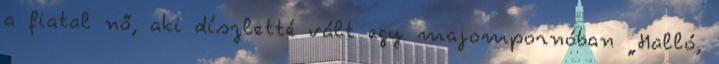
a fiatal nő, aki díszletté vált egy majompornóban „Halló,